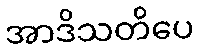
အာဒိသတိပေ